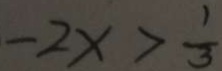
- 2 x > \frac { 1 } { 3 }